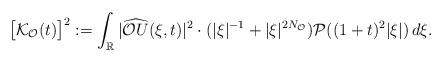
LaTeX: \begin{align*}\big[\mathcal{K}_{\mathcal{O}}(t)\big]^2:=\int_{\mathbb{R}}|\widehat{\mathcal{O}U}(\xi,t)|^2\cdot (|\xi|^{-1}+|\xi|^{2N_{\mathcal{O}}})\mathcal{P}((1+t)^2|\xi|)\,d\xi.\end{align*}